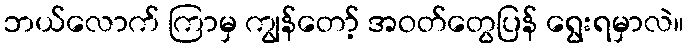
ဘယ်လောက် ကြာမှ ကျွန်တော့် အဝတ်တွေပြန် ရွေးရမှာလဲ။